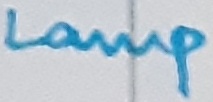
Text: Lamp